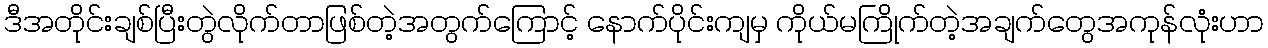
ဒီအတိုင်းချစ်ပြီးတွဲလိုက်တာဖြစ်တဲ့အတွက်ကြောင့် နောက်ပိုင်းကျမှ ကိုယ်မကြိုက်တဲ့အချက်တွေအကုန်လုံးဟာ